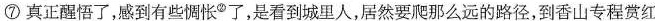
⑦真正醒悟了，感到有些惆怅◎了，是看到城里人，居然要爬那么远的路径，到香山专程赏红